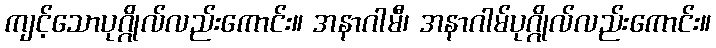
ကျင့်သောပုဂ္ဂိုလ်လည်းကောင်း။ အနာဂါမီ၊ အနာဂါမ်ပုဂ္ဂိုလ်လည်းကောင်း။